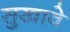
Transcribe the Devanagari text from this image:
सुखावे